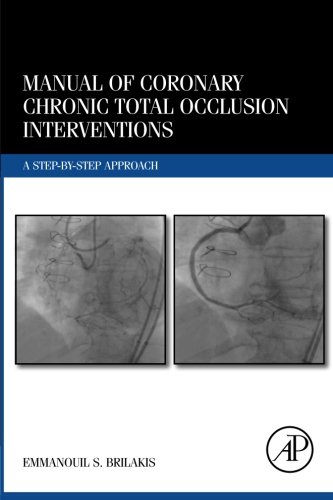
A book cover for Manual of Coronary Chronic Total Occlusion Interventions: A Step-by-Step Approach; Emmanouil Brilakis; Medical Books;